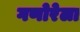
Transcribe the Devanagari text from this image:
गणोरेला